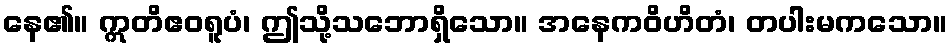
နေ၏။ ဣတိဧဝရူပံ၊ ဤသို့သဘောရှိသော။ အနေကဝိဟိတံ၊ တပါးမကသော။